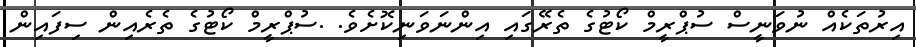
އިރުތަކެއް ނުވަނީސް ސުޕްރީމް ކޯޓުގެ ތެރޭގައި އިންނަވަނިކޮށެވެ. .ސުޕްރީމް ކޯޓުގެ ތެރެއިން ސިފައިން